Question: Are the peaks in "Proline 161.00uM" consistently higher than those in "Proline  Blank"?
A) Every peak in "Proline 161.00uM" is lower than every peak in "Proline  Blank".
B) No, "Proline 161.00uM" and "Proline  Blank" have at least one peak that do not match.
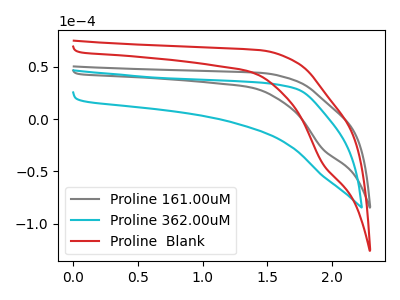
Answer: <think>The gray curve "Proline 161.00uM" has a cathodic peak at: (1.95V, -28.75uA). The cyan curve "Proline 362.00uM" has no peaks. The red curve "Proline  Blank" has a cathodic peak at: (1.95V, -42.80uA).</think>
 <answer>A) Every peak in "Proline 161.00uM" is lower than every peak in "Proline  Blank".</answer>
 <eval>A</eval>